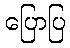
ပြောပြ